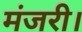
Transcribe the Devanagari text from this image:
मंजरी।